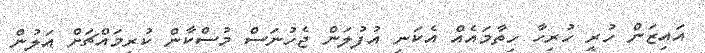
އައިޒަން ހުރީ ހުރިހާ ހިތާމައެއް އެކަނި އުފުލަން ޖެހުނަސް މުސްކާން ކުރިމައްޗަށް އަލުން